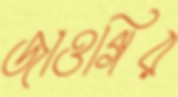
জাওগির